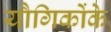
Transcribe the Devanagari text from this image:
यौगिकोंके